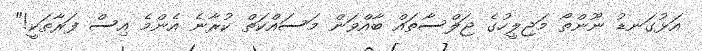
އަޅުގަނޑު ނޫންތޯ މަޖިލީހުގެ ޖަލްސާތައް ބާއްވަން މަސައްކަތް ކުރާނެ އެންމެ އިސް ފަރާތަކީ!"